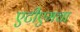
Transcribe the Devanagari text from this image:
एटीएमचा